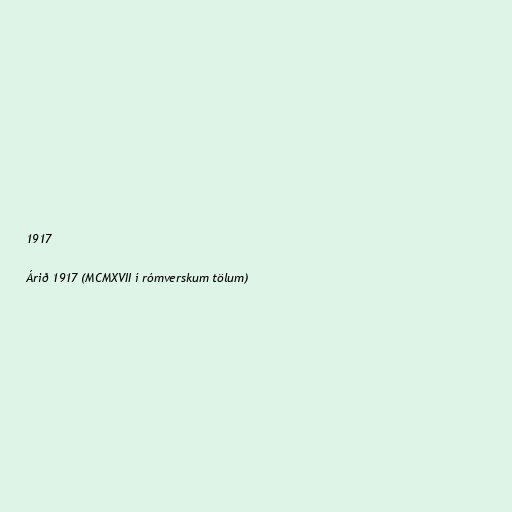
1917

Árið 1917 (MCMXVII í rómverskum tölum)